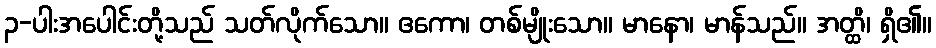
၃-ပါးအပေါင်းတို့သည် သတ်လိုက်သော။ ဧကော၊ တစ်မျိုးသော။ မာနော၊ မာန်သည်။ အတ္ထိ၊ ရှိ၏။